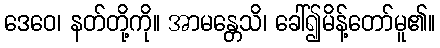
ဒေဝေ၊ နတ်တို့ကို။ အာမန္တေသိ၊ ခေါ်၍မိန့်တော်မူ၏။